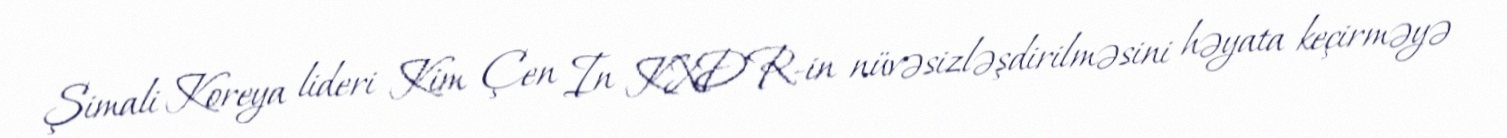
Şimali Koreya lideri Kim Çen In KXDR-in nüvəsizləşdirilməsini həyata keçirməyə